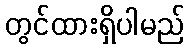
တွင်ထားရှိပါမည်